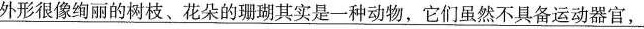
\underline{外形很像绚丽的树枝、花朵的珊瑚其实是--种动物，它们虽然不具备运动器官,}